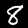
Digit: 8